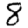
Digit: 8